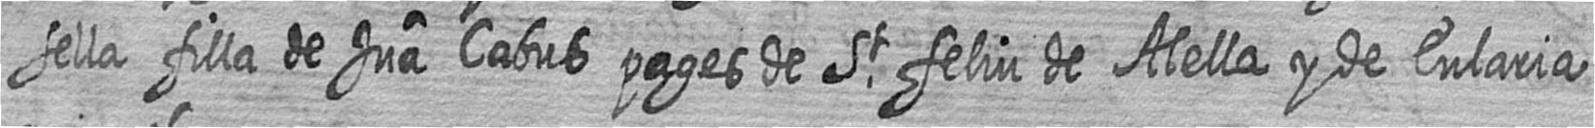
sella filla de Jua Cabus pages de St feliu de Alella y de Eularia